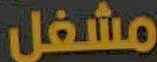
مشغل